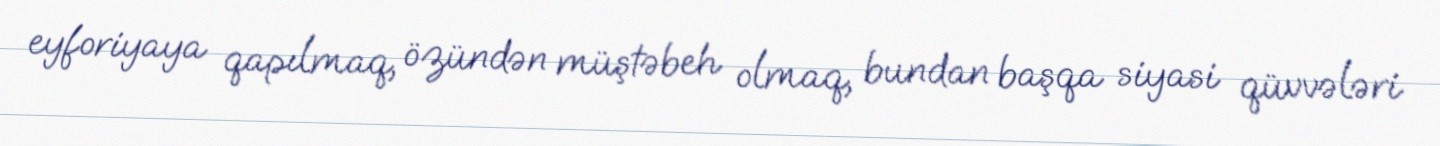
eyforiyaya qapılmaq, özündən müştəbeh olmaq, bundan başqa siyasi qüvvələri